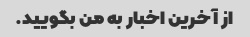
از آخرین اخبار به من بگویید.